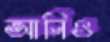
আনিও